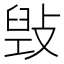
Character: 𢾌